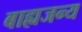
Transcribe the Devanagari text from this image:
बाह्यजन्य